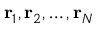
\mathbf { r } _ { 1 } , \mathbf { r } _ { 2 } , \ldots , \mathbf { r } _ { N }